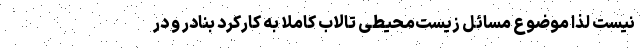
نیست لذا موضوع مسائل زیست‌محیطی تالاب کاملاً به کارکرد بنادر و در